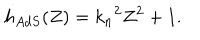
LaTeX: h _ { A d S } ( Z ) = { k _ { n } } ^ { 2 } Z ^ { 2 } + 1 .